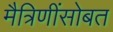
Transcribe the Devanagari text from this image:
मैत्रिणींसोबत